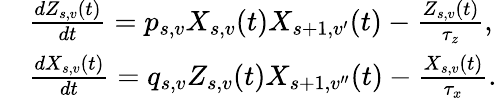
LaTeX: \begin{array}{rl}&{\frac{dZ_{s,v}(t)}{dt}=p_{s,v}X_{s,v}(t)X_{s+1,v^{\prime}}(t)-\frac{Z_{s,v}(t)}{\tau_{z}},}\\ &{\frac{dX_{s,v}(t)}{dt}=q_{s,v}Z_{s,v}(t)X_{s+1,v^{\prime\prime}}(t)-\frac{X_{s,v}(t)}{\tau_{x}}.}\end{array}